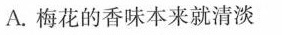
A.梅花的香味本来就清淡